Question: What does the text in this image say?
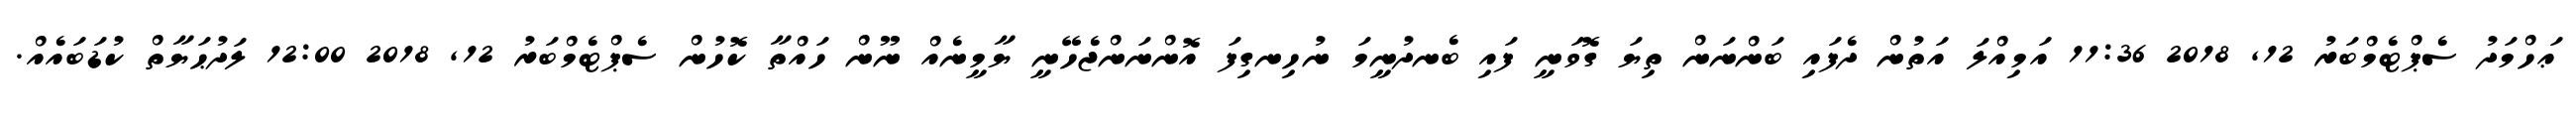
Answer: ޢަހްމަދު ސެޕްޓެމްބަރު 12, 2018 11:36 އަމިއްލަ އަތުން ދެފައި ބަންނަން ތިޔަ ގޮވަނީ ފައި ބެނދުނީމަ ނުހިނގިފަ އޮންނަންޖެހޭނީ ޔާމީނެއް ނޫން ހައްތާ ކޮހުން ސެޕްޓެމްބަރު 12, 2018 12:00 ލަދުޙަޔާތް ކުޑަބައެއް.